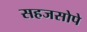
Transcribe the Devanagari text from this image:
सहजसोपे